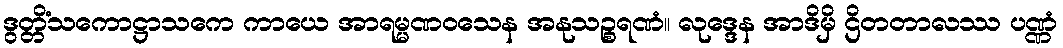
ဒွတ္တိံသကောဋ္ဌာသကေ ကာယေ အာရမ္မဏဝသေန အနုသဉ္စရဏံ။ လုဒ္ဒေန အာဒိမှိ ဌိတတာလဿ ပဏ္ဏံ